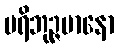
ပရိဘုဉ္ဇမာနော